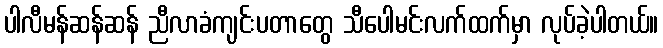
ပါလီမန်ဆန်ဆန် ညီလာခံကျင်းပတာတွေ သီပေါမင်းလက်ထက်မှာ လုပ်ခဲ့ပါတယ်။